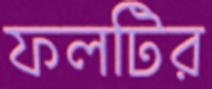
ফলটির